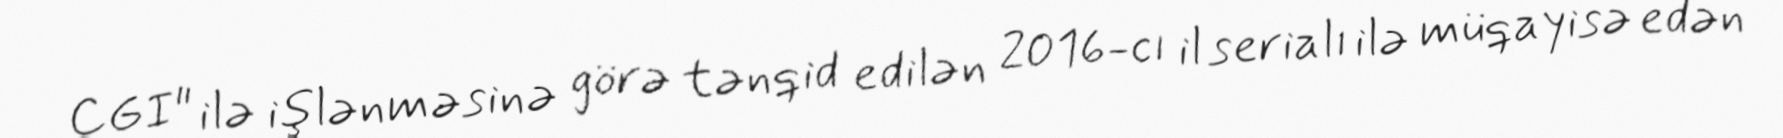
CGI" ilə işlənməsinə görə tənqid edilən 2016-cı il serialı ilə müqayisə edən